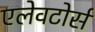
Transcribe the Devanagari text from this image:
एलेवटोर्स